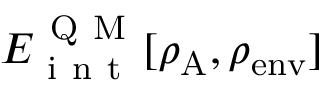
E _ { \mathrm { ~ i ~ n ~ t ~ } } ^ { \mathrm { ~ Q ~ M ~ } } [ \rho _ { \mathrm { A } } , \rho _ { \mathrm { e n v } } ]